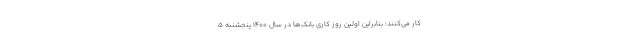
کار می‌کنند؛ بنابراین اولین روز کاری بانک‌ها در سال ۱۴۰۰ پنجشنبه ۵